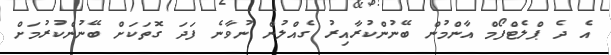
އެ ދެ ޕްލެޓްފޯމް އާންމުން ބޭނުންކުރާއިރު ގެއްލުން ނުވާނެ ފަދަ ގޮތަކަށް ބޭނުންކުރުމަށް